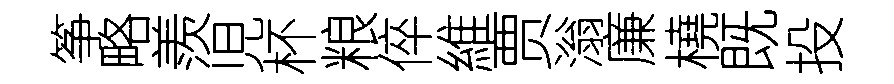
筝略羨児杯粮倅維贾滃廉橈既投